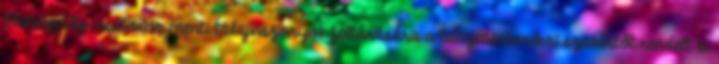
Principális-csatorna menti talajviszonyok feltárására a talajmechanikai szakértőt rendelt ki